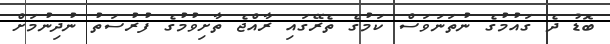
ބޮޑު ދެ ގައުމުގެ ނުތަނަވަސް ކަމުގެ ތެރޭގައި ރާއްޖެ ތާށިވުމުގެ ފުރުސަތު ނުދިނުމަށް